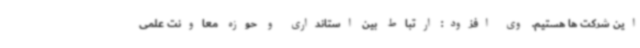
این شرکت ها هستیم. وی افزود: ارتباط بین استانداری و حوزه معاونت علمی